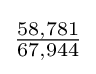
{\tfrac {58,781}{67,944}}